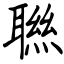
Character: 聮